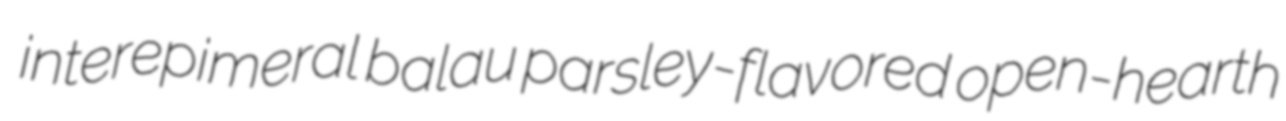
interepimeral balau parsley-flavored open-hearth